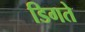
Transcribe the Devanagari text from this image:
डिगते